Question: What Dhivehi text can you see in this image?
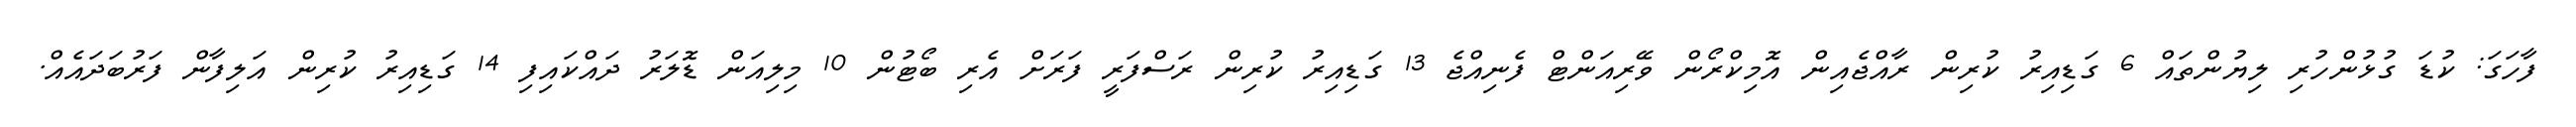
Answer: ފާހަގަ: ކުޑަ ގުޅުންހުރި ލިޔުންތައް 6 ގަޑިއިރު ކުރިން ރާއްޖެއިން އޮމިކްރޯން ވޭރިއަންޓް ފެނިއްޖެ 13 ގަޑިއިރު ކުރިން ރަސްފަރީ ފަރަށް އެރި ބޯޓުން 10 މިލިއަން ޑޮލަރު ދައްކައިފި 14 ގަޑިއިރު ކުރިން އަލިފާން ފަރުބަދައެއް.